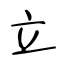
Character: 立